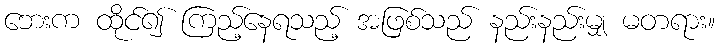
ဘေးက ထိုင်၍ ကြည့်နေရသည့် အဖြစ်သည် နည်းနည်းမျှ မတရား။